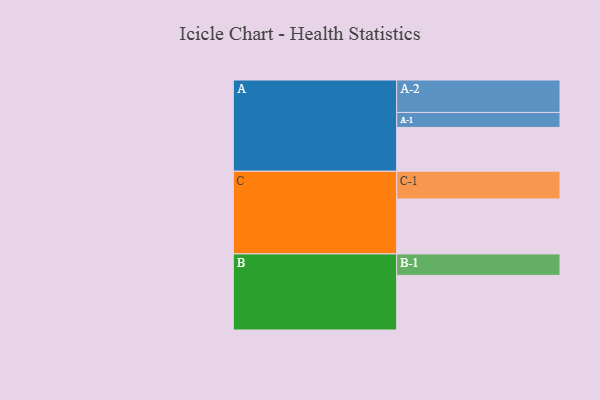
{"axis": {"x": "Segment", "y": "Value"}, "legend": ["", "A", "B", "C"], "data": [{"x": "A", "y": 401, "type": ""}, {"x": "B", "y": 500, "type": ""}, {"x": "C", "y": 503, "type": ""}, {"x": "A-1", "y": 137, "type": "A"}, {"x": "A-2", "y": 297, "type": "A"}, {"x": "B-1", "y": 196, "type": "B"}, {"x": "C-1", "y": 254, "type": "C"}]}